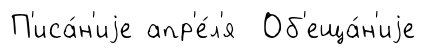
П'иса́н'иjе апр'е́л'я Об'еща́н'иjе